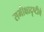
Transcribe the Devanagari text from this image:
समीक्षादृष्टीचे